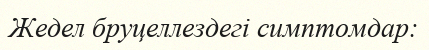
Жедел бруцеллездегі симптомдар: